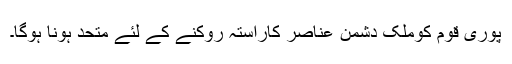
پوری قوم کوملک دشمن عناصر کاراستہ روکنے کے لئے متحد ہونا ہوگا۔